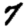
Digit: 7